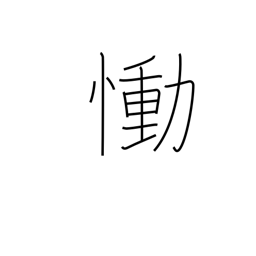
Meaning: grieve